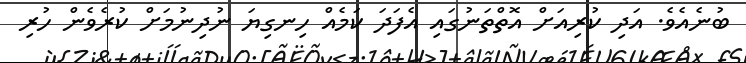
ބުނެއެވެ. އަދި ކުރިއަށް އޮތްތަނުގައި އެފަދަ ކަމެއް ހިނގިޔަ ނުދިނުމަށް ކުރެވެން ހުރި